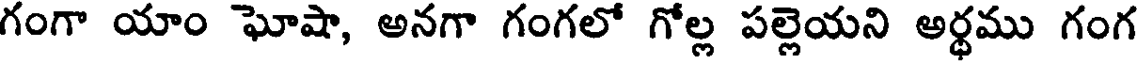
గంగా యాం ఘోషా, అనగా గంగలో గోల్ల పల్లెయని అర్ధము గంగ